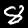
Label: 8